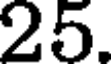
25.